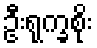
ဦးရုက္ခစိုး